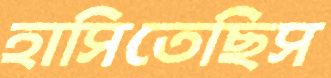
হাসিতেছিস